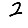
Digit: 2